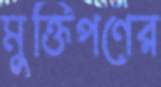
মুক্তিপণের